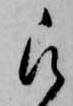
被